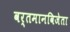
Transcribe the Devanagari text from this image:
वर्तमानविजेता